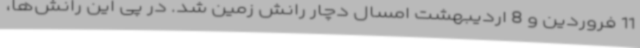
11 فروردین و 8 اردیبهشت امسال دچار رانش زمین شد. در پی این رانش‌ها،